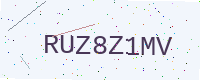
Text: RUZ8Z1MV